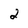
Character: 2